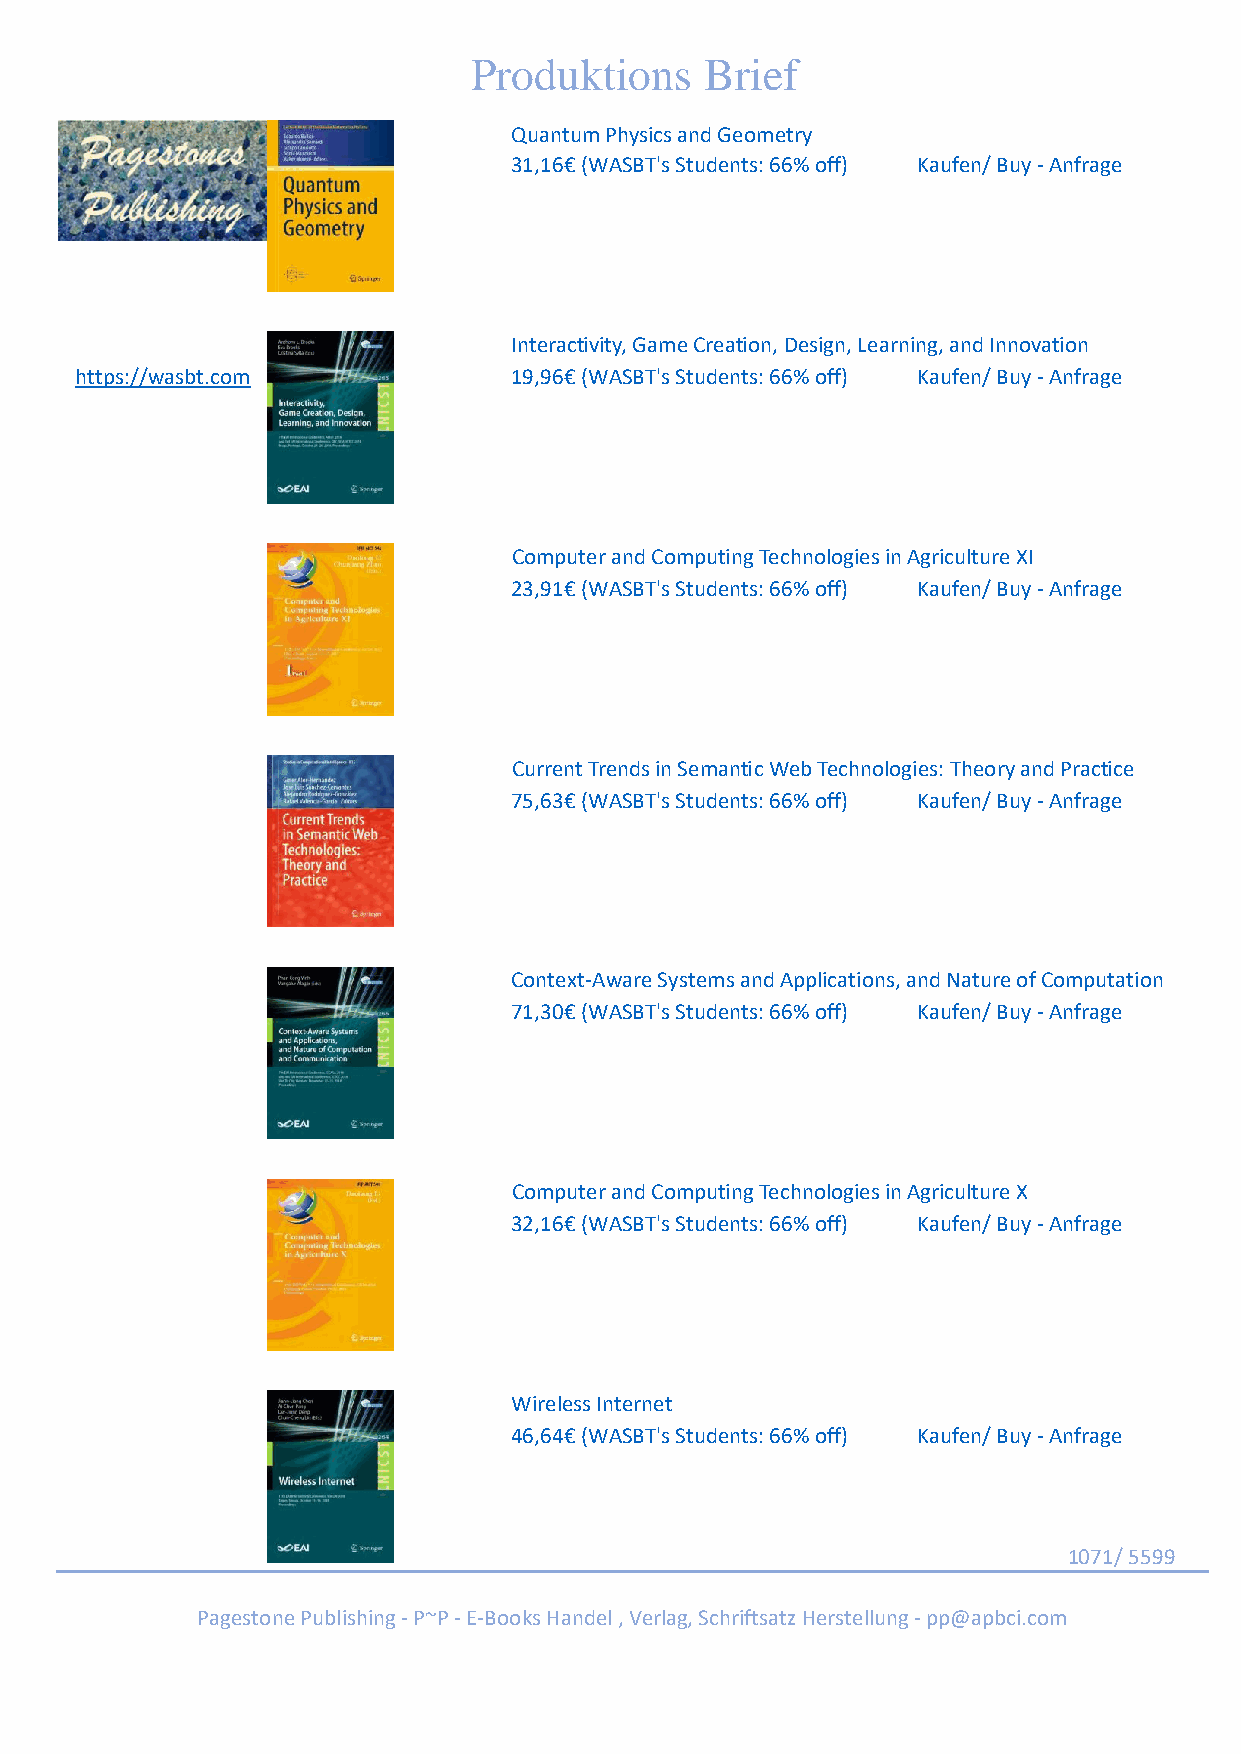
Produktions     Brief
 Quantum Physics and Geometry
 31,16€ (WASBT's Students: 66% off) Kaufen/ Buy - Anfrage
 Interactivity, Game Creation, Design, Learning, and Innovation
 https://wasbt.com            19,96€ (WASBT's Students: 66% off) Kaufen/ Buy - Anfrage
 Computer and Computing Technologies in Agriculture XI
 23,91€ (WASBT's Students: 66% off) Kaufen/ Buy - Anfrage
 Current Trends in Semantic Web Technologies: Theory and Practice
 75,63€ (WASBT's Students: 66% off) Kaufen/ Buy - Anfrage
 Context-Aware Systems and Applications, and Nature of Computation
 71,30€ (WASBT's Students: 66% off) Kaufen/ Buy - Anfrage
 Computer and Computing Technologies in Agriculture X
 32,16€ (WASBT's Students: 66% off) Kaufen/ Buy - Anfrage
 Wireless Internet
 46,64€ (WASBT's Students: 66% off) Kaufen/ Buy - Anfrage
 1071/ 5599
 Pagestone Publishing - P~P - E-Books Handel , Verlag, Schriftsatz Herstellung - pp@apbci.com